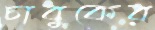
চাবুকের